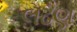
લઢણ